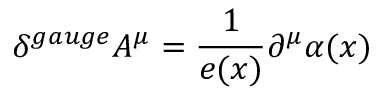
\delta ^ { g a u g e } A ^ { \mu } = \frac 1 { e ( x ) } \partial ^ { \mu } \alpha ( x ) \qquad